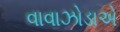
વાવાઝોડાએ